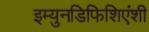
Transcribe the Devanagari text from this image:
इम्युनडिफिशिएंशी